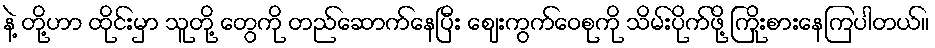
နဲ့ တို့ဟာ ထိုင်းမှာ သူတို့ တွေကို တည်ဆောက်နေပြီး ဈေးကွက်ဝေစုကို သိမ်းပိုက်ဖို့ ကြိုးစားနေကြပါတယ်။